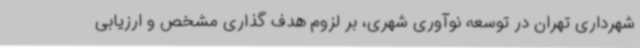
شهرداری تهران در توسعه نوآوری شهری، بر لزوم هدف گذاری مشخص و ارزیابی